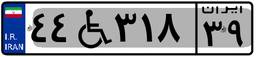
۴۴W۳۱۸۳۹